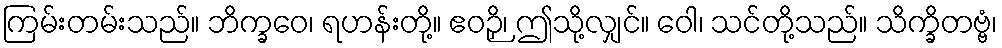
ကြမ်းတမ်းသည်။ ဘိက္ခဝေ၊ ရဟန်းတို့။ ဧဝဉှိ၊ ဤသို့လျှင်။ ဝေါ၊ သင်တို့သည်။ သိက္ခိတဗ္ဗံ၊